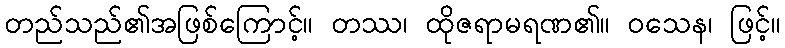
တည်သည်၏အဖြစ်ကြောင့်။ တဿ၊ ထိုဇရာမရဏ၏။ ဝသေန၊ ဖြင့်။